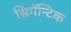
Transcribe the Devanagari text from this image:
सिमॅन्टिक